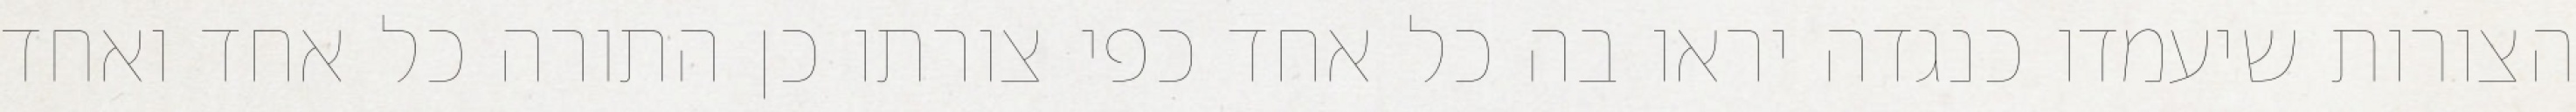
הצורות שיעמדו כנגדה יראו בה כל אחד כפי צורתו כן התורה כל אחד ואחד